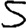
Digit: 5